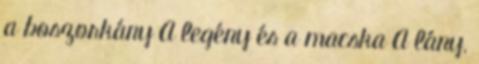
a boszorkány A legény és a macska A lány,